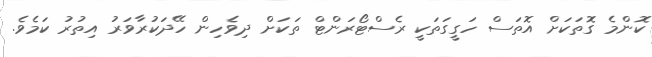
ކޮންމެ ގޮތަކަށް އޮތަސް ހަގީގަތަކީ ރެސްޓޯރަންޓް ތަކަށް ދިވެހިން ހޭދަކުރާވަރު އިތުރު ކަމެވެ.